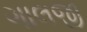
ગાલજી